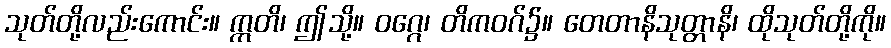
သုတ်တို့လည်းကောင်း။ ဣတိ၊ ဤသို့။ ဝဂ္ဂေ၊ တိကဝဂ်၌။ တေတာနိသုတ္တာနိ၊ ထိုသုတ်တို့ကို။